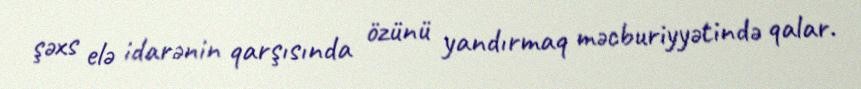
şəxs elə idarənin qarşısında özünü yandırmaq məcburiyyətində qalar.